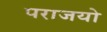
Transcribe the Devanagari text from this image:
पराजयो